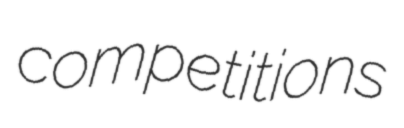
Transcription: competitions